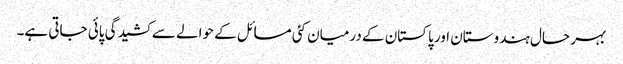
بہر حال ہندوستان اور پاکستان کے درمیان کئی مسائل کے حوالے سے کشیدگی پائی جاتی ہے۔